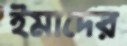
ইমাদের